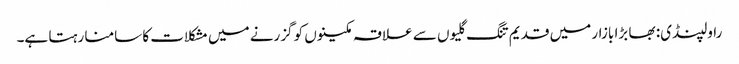
راولپنڈی: بھا بڑا بازار میں قدیم تنگ گلیوں سے علاقہ مکینوں کو گزرنے میں مشکلات کا سامنا رہتا ہے۔